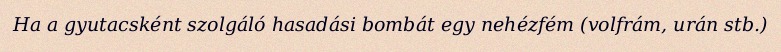
Ha a gyutacsként szolgáló hasadási bombát egy nehézfém (volfrám, urán stb.)